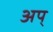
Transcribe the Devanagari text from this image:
अप्‌